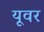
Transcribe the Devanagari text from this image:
यूवर